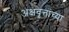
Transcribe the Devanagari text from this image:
अक्षवृत्तांच्या